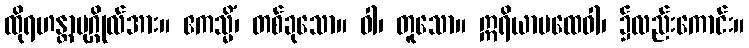
ထိုရဟန္တာပုဂ္ဂိုလ်အား။ ဧကသ္မိံ၊ တစ်ခုသော။ ဝါ၊ တူသော။ ဣရိယာပထေဝါ၊ ၌လည်းကောင်း။